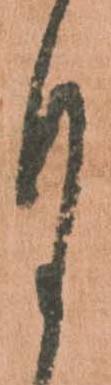
月